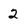
Character: 2